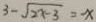
3 - \sqrt { 2 x - 3 } = - x